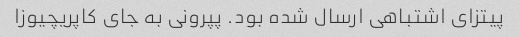
پیتزای اشتباهی ارسال شده بود. پپرونی به جای کاپریچیوزا